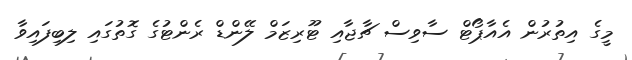
މީގެ އިތުރުން އެއާޕޯޓް ސާވިސް ޗާޖާއި ޓޫރިޒަމް ލޭންޑް ރެންޓުގެ ގޮތުގައި ލިބިފައިވާ